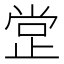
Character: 𣥺